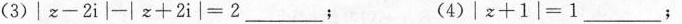
(3)$$|z-2i|-|z+2i|=2___$$； (4)$$|z+1|=1___$$；